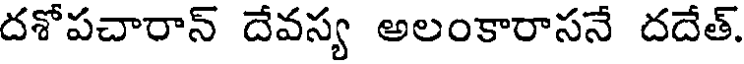
దశోపచారాన్ దేవస్య అలంకారాసనే దదేత్.